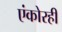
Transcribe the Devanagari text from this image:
एंकोरही